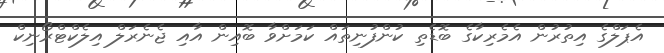
އެޕަލްގެ އިތުރުން އެމެރިކާގެ ބޮޑެތި ކުންފުނިތައް ކަމަށްވާ ބޮއިން އާއި ޖެނެރަލް އިލެކްޓްރޯނިކް